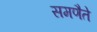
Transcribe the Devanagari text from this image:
समणैते